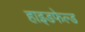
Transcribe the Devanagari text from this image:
हाइडफेल्ड